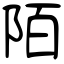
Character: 陌